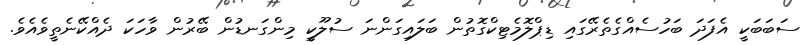
ސަބަބަކީ އެފަދަ ބަހުސެއްގެތެރޭގައި ޑިޕްލޮމެޓިކްގޮތުން ބަލައިގަންނަ ސުލޫކީ މިންގަނޑުން ބޭރުން ވާހަކަ ދެއްކޭނެތީވެއެވެ.